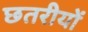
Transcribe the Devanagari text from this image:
छतरीयों